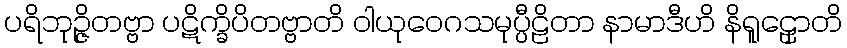
ပရိဘုဉ္ဇိတဗ္ဗာ ပဋိက္ခိပိတဗ္ဗာတိ ဝါယုဝေဂသမုပ္ပီဠိတာ နာမာဒီဟိ နိရူဠှောတိ